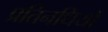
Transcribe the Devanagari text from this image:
प्रतिनधियों